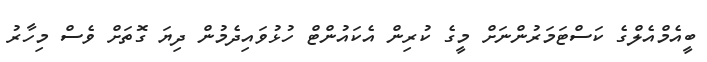
ބީއެމްއެލްގެ ކަސްޓަމަރުންނަށް މީގެ ކުރިން އެކައުންޓް ހުޅުވައިދެމުން ދިޔަ ގޮތަށް ވެސް މިހާރު